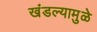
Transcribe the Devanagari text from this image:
खंडल्यामुळे